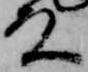
殿